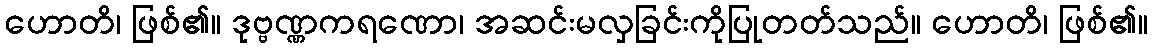
ဟောတိ၊ ဖြစ်၏။ ဒုဗ္ဗဏ္ဏကရဏော၊ အဆင်းမလှခြင်းကိုပြုတတ်သည်။ ဟောတိ၊ ဖြစ်၏။